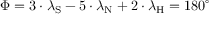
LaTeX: \Phi = 3 \cdot \lambda _ { \mathrm { { S } } } - 5 \cdot \lambda _ { \mathrm { { N } } } + 2 \cdot \lambda _ { \mathrm { { H } } } = 1 8 0 ^ { \circ }